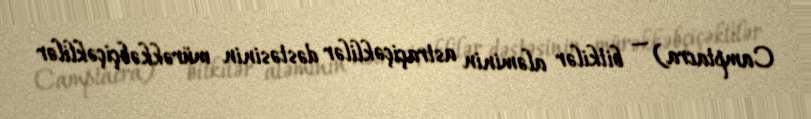
Camptacra) — bitkilər aləminin astraçiçəklilər dəstəsinin mürəkkəbçiçəklilər